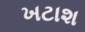
ખટાશ